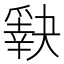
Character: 𰠈